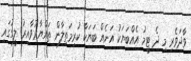
ވާދަވެރި މި ދެ ޓީމު އެއްބަޔަކު އަނެއް ބަޔަކާ ކުރިމަތިލާން ތައްޔާރުވާއިރު ލީގުގައި